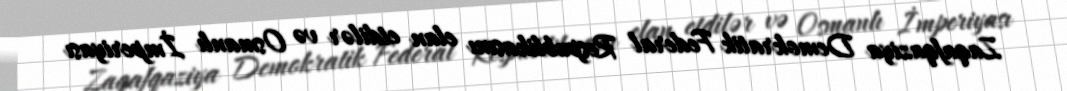
Zaqafqaziya Demokratik Federal Respublikasını elan etdilər və Osmanlı İmperiyası